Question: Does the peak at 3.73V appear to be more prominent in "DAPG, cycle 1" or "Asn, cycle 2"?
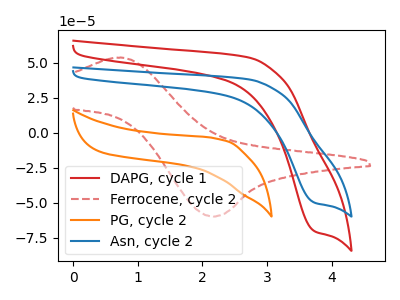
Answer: <think>The red curve "DAPG, cycle 1" has a cathodic peak at: (3.75V, -70.30uA). The red dashed curve "Ferrocene, cycle 2" has an anodic peak at (0.80V, 53.70uA) and a cathodic peak at (2.15V, -59.80uA). The orange curve "PG, cycle 2" has no peaks. The blue curve "Asn, cycle 2" has a cathodic peak at: (3.75V, -49.90uA).</think>
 <answer>The peak at 3.73V is higher in "DAPG, cycle 1" than in "Asn, cycle 2".</answer>
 <eval>higher</eval>